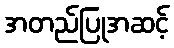
အတည်ပြုအဆင့်